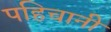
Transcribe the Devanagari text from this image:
पहिचानी